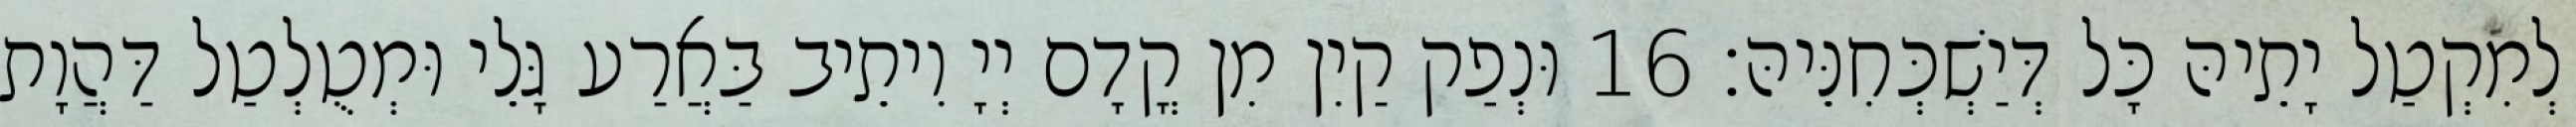
לְמִקְטַל יָתֵיהּ כָּל דְּיַשְׁכְּחִנֵּיהּ׃ 16 וּנְפַק קַיִן מִן קֳדָם יְיָ וִיתֵיב בַּאֲרַע גָּלֵי וּמְטֻלְטַל דַּהֲוָת